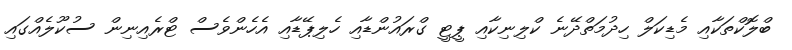
ބްލޮކްތަކާއި މެޑިކަލް ހިދުމަތްދޭނެ ކްލިނިކާއި ޕީޓީ ގްރައުންޑާއި ހެލިޕޭޑާއި އެހެންވެސް ޓްރެއިނިން ސުކޫލެއްގައި